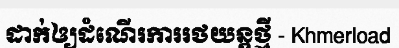
ដាក់ឲ្យដំណើរការរថយន្តថ្មី - Khmerload